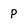
Character: p